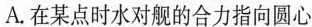
A.在某点时水对舰的合力指向圆心